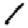
Digit: 1